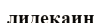
лидекаин